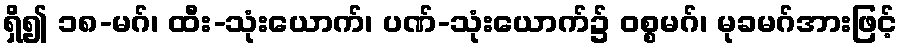
ရှိ၍ ၁၈-မဂ်၊ ထီး-သုံးယောက်၊ ပဏ်-သုံးယောက်၌ ဝစ္စမဂ်၊ မုခမဂ်အားဖြင့်